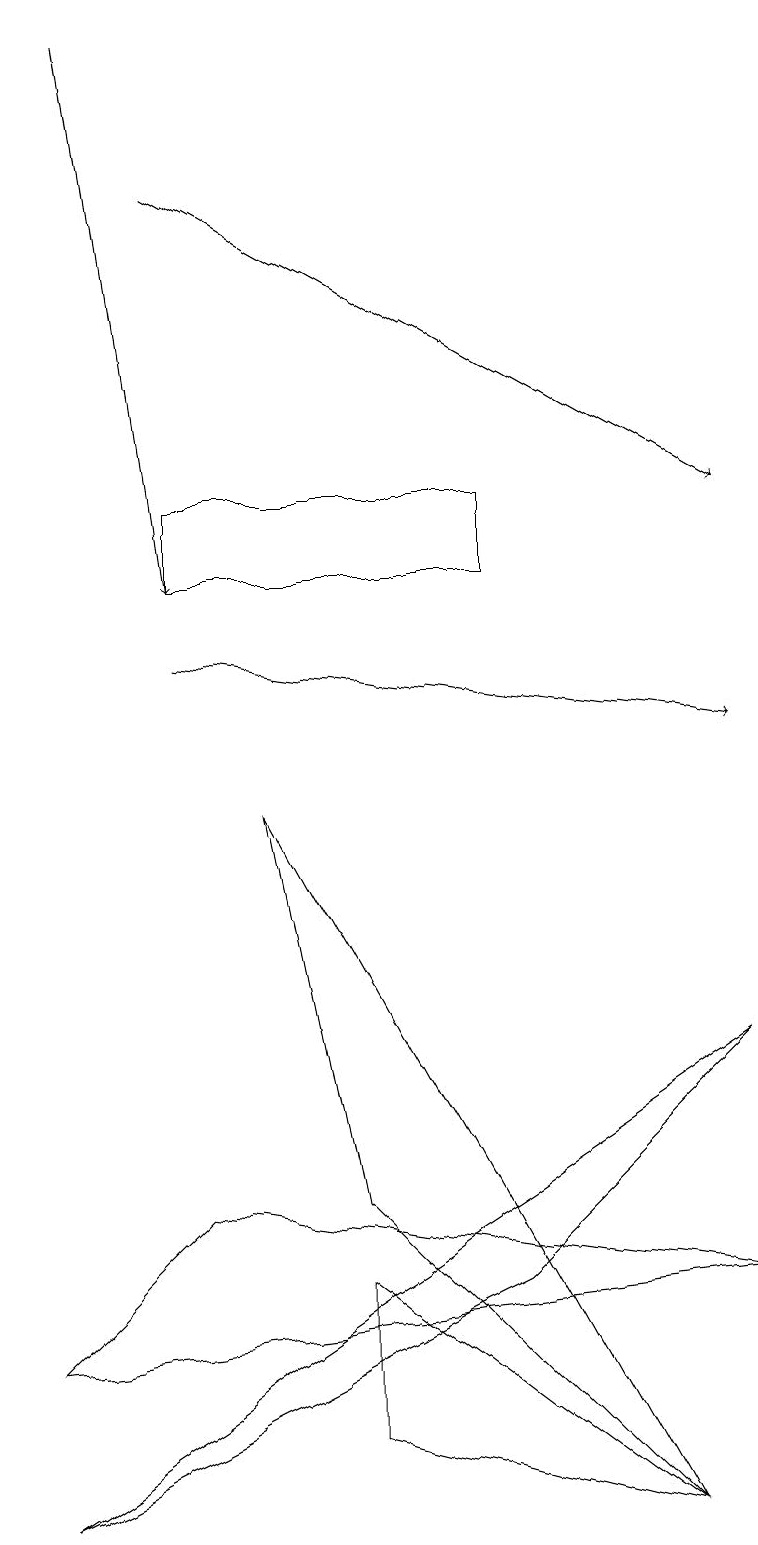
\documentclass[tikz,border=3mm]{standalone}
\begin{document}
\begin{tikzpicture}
\draw[->] (2,11) -- (9,10);
\draw (4,1) -- (4,3) -- (8,0) -- cycle;
\draw (8,0) -- (3,9) -- (4,4) -- cycle;
\draw (0,0) -- (6,3) -- (9,6) -- cycle;
\draw[->] (2,17) -- (9,13);
\draw[->] (1,19) -- (2,12);
\draw (6,12) rectangle (2,13);
\draw (0,2) -- (9,3) -- (2,4) -- cycle;
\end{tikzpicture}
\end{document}